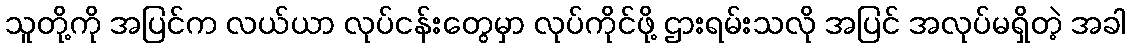
သူတို့ကို အပြင်က လယ်ယာ လုပ်ငန်းတွေမှာ လုပ်ကိုင်ဖို့ ဌားရမ်းသလို အပြင် အလုပ်မရှိတဲ့ အခါ